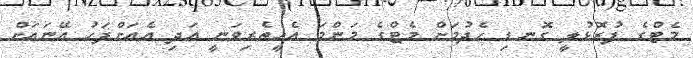
މެޓްގެ ފުރޮޅުލީ ގޮނޑި ހެދުމަށް މެޓްގެ މަންމަ އެހީތެރިވަނީ އަދި އެއަށްފަހު އޭނައަށް